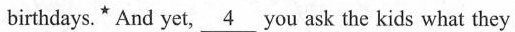
birthdays.* And yet,\underline{4}